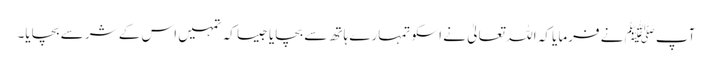
آپﷺ نے فرمایا کہ اللہ تعالیٰ نے اسکو تمہارے ہاتھ سے بچایا جیسا کہ تمہیں اس کے شر سے بچایا۔